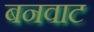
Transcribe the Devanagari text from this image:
बनवाट